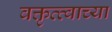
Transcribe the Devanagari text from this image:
वक्तृत्त्वाच्या